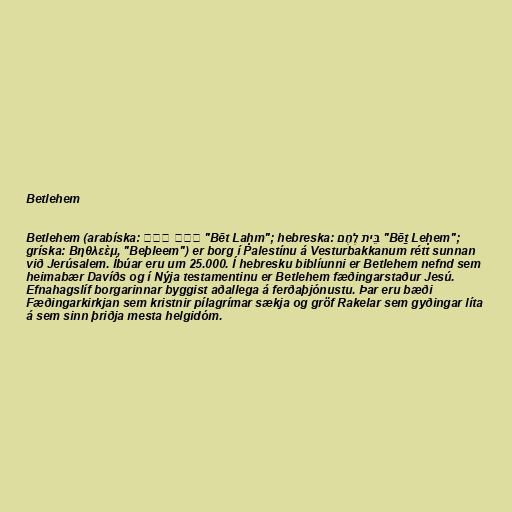
Betlehem

Betlehem (arabíska: بيت لحم‎ "Bēt Laḥm"; hebreska: בֵּית לֶחֶם‎ "Bēṯ Leḥem";
gríska: Βηθλεὲμ, "Beþleem") er borg í Palestínu á Vesturbakkanum rétt sunnan
við Jerúsalem. Íbúar eru um 25.000. Í hebresku biblíunni er Betlehem nefnd sem
heimabær Davíðs og í Nýja testamentinu er Betlehem fæðingarstaður Jesú.
Efnahagslíf borgarinnar byggist aðallega á ferðaþjónustu. Þar eru bæði
Fæðingarkirkjan sem kristnir pílagrímar sækja og gröf Rakelar sem gyðingar líta
á sem sinn þriðja mesta helgidóm.